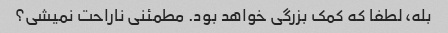
بله، لطفا که کمک بزرگی خواهد بود. مطمئنی ناراحت نمیشی؟